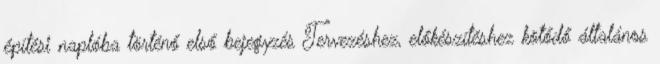
építési naplóba történő első bejegyzés Tervezéshez, előkészítéshez kötődő általános